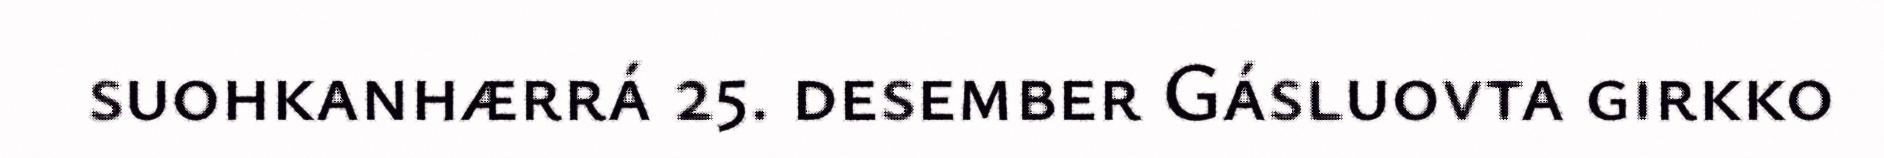
suohkanhærrá 25. desember Gásluovta girkko